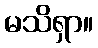
မသိရှာ။